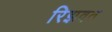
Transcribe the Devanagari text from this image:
रिझवत